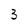
Character: 3